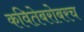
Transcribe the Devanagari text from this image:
कवितेबरोबरच